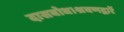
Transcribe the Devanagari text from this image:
दासबोध।श्रवणद्वारें